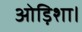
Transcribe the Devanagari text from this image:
ओड़िशा।